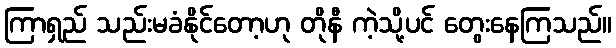
ကြာရှည် သည်းမခံနိုင်တော့ဟု တိုနီ ကဲ့သို့ပင် တွေးနေကြသည်။